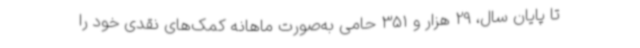
تا پایان سال، 29 هزار و 351 حامی به‌صورت ماهانه کمک‌های نقدی خود را